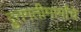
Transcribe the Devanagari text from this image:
द्रुतगतीमार्गांचे